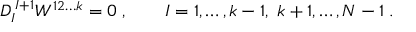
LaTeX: D _ { I } ^ { \, I + 1 } W ^ { 1 2 \ldots k } = 0 \; , \qquad I = 1 , \ldots , k - 1 , \ k + 1 , \ldots , N - 1 \; .